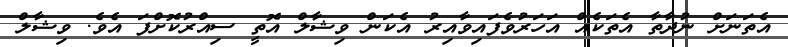
އެތަނަށް ނުދާތާ އެތަކެއް އަހަރުވެފައިވާއިރު އެކަން ވިޝާލް އޮތީ ސިއްރުކޮށްފަ އެވެ. ވިޝާލް